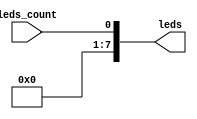
module display_param(leds_count, leds);

    input leds_count;
    output reg [7:0]leds;
    parameter N = 5;

    always @(leds_count) begin
    
        case(N)
            4'd1:begin
                leds = {7'b0000000,leds_count};
            end

            4'd2:begin
                leds = {6'b000000,leds_count};
            end

            4'd3:begin
                leds = {5'b00000,leds_count};
            end

            4'd4:begin
                leds = {4'b0000,leds_count};
            end

            4'd5:begin
                leds = {3'b000,leds_count};
            end

            4'd6:begin
                leds = {2'b00,leds_count};
            end

            4'd7:begin
                leds = {1'b0,leds_count};
            end

            4'd8:begin
                leds = leds_count;
            end
        endcase
    end
endmodule